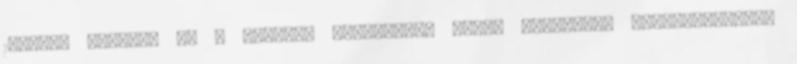
1965-re készült el a járműbe szerelhető IH-3M típusjelű sugárszintmérő